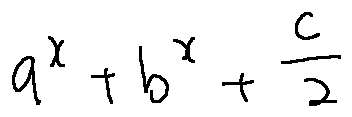
a ^ { x } + b ^ { x } + \frac { c } { 2 }